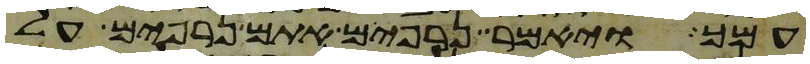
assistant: עמך ויאמר נרפים אתם נרפים על